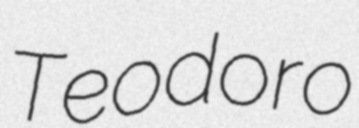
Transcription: Teodoro